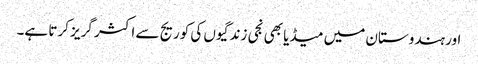
اور ہندوستان میں میڈیا بھی نجی زندگیوں کی کوریج سے اکثر گریز کرتا ہے۔